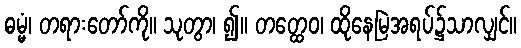
ဓမ္မံ၊ တရားတော်ကို။ သုတွာ၊ ၍။ တတ္ထေဝ၊ ထိုနေမြဲအရပ်၌သာလျှင်။